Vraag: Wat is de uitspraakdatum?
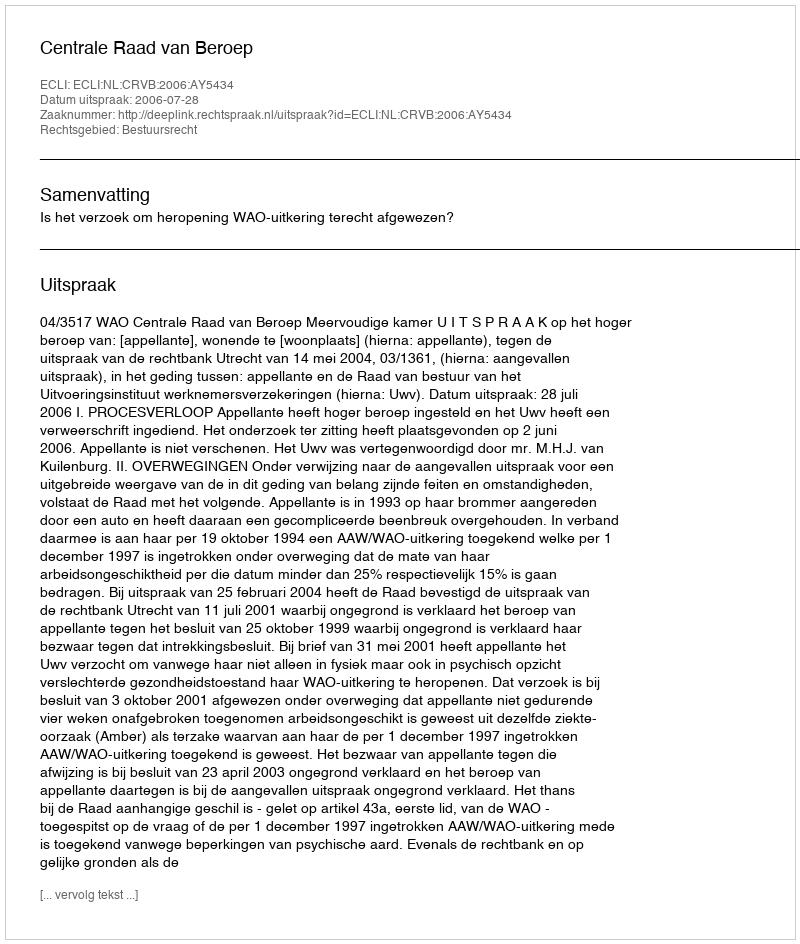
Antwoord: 2006-07-28